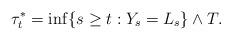
LaTeX: \begin{align*}\tau^*_t=\inf\{s\ge t:Y_s=L_s\}\wedge T.\end{align*}